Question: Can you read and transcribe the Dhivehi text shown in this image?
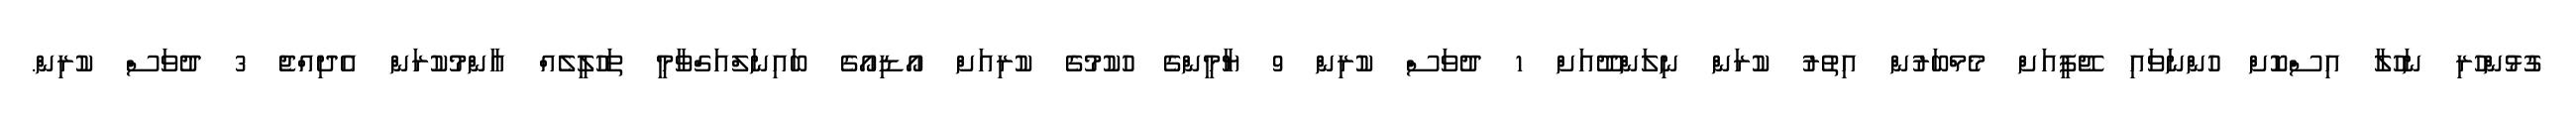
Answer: ގުޅުންހުރި ނަހުލާ އިސްކޮށް ހުންނަވައި ޖޭޕީއަށް މެމްބަރުން އިތުރު ކުރަން ނިލަންދޫއަށް 1 ދުވަސް ކުރިން 9 ޔާމީންގެ ހުކުމުގެ ކުރިއަށް އޯޑިއޯގެ ބައިނަލްއަގްވާމީ ތަހުލީލެއް އާންމުކުރަން އެދިއްޖެ 3 ދުވަސް ކުރިން.